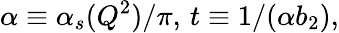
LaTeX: \alpha\equiv\alpha_{s}(Q^{2})/\pi,\, t\equiv 1/(\alpha b_{2}),